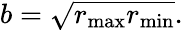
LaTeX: b={\sqrt{r_{\operatorname*{max}}r_{\operatorname*{min}}}}.